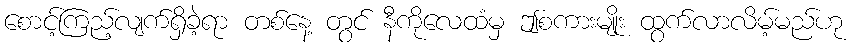
စောင့်ကြည့်လျက်ရှိခဲ့ရာ တစ်နေ့ တွင် နီကိုလေထံမှ ဤစကားမျိုး ထွက်လာလိမ့်မည်ဟု